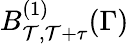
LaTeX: B_{\mathcal{T},\mathcal{T}+\tau}^{(1)}(\Gamma)